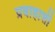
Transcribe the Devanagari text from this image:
प्रवाहाशी